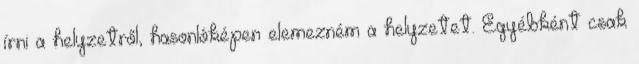
írni a helyzetről, hasonlóképen elemezném a helyzetet. Egyébként csak